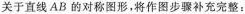
关于直线AB的对称图形，将作图步骤补充完整：